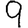
Digit: 9